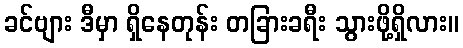
ခင်ဗျား ဒီမှာ ရှိနေတုန်း တခြားခရီး သွားဖို့ရှိလား။